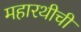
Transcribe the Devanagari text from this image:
महारथीची